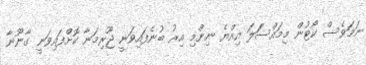
ނަމަވެސް ކޯޓުން މިމައްސަަލަ އިއްޔެ ނިންމި އިރު ބުނެފައިވަނީ ޖޫރިމަނާ ކޮށްފައިވަނީ ގާނޫނާ